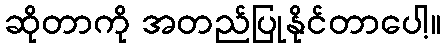
ဆိုတာကို အတည်ပြုနိုင်တာပေါ့။